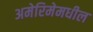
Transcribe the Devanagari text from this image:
अमेरिमेमधील